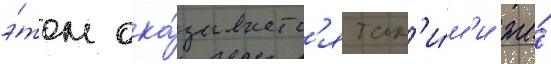
э́том ока́зываетс'я так'и́м'и же́